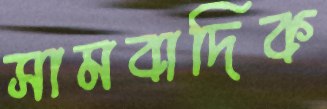
সামবাদিক